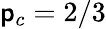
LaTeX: \mathsf{p}_{c}=2/3